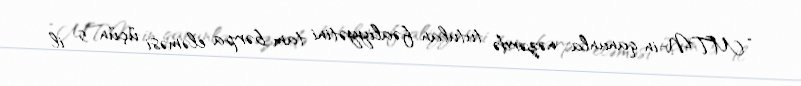
“MTN-in qanunla nəzərdə tutulan fəaliyyətini tam bərpa eləməsi üçün 5 il